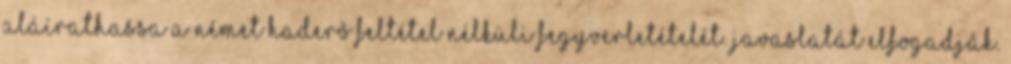
aláírathassa a német haderõ feltétel nélküli fegyverletételét. Javaslatát elfogadják.